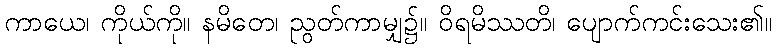
ကာယေ၊ ကိုယ်ကို။ နမိတေ၊ ညွတ်ကာမျှ၌။ ဝိရမိဿတိ၊ ပျောက်ကင်းသေး၏။